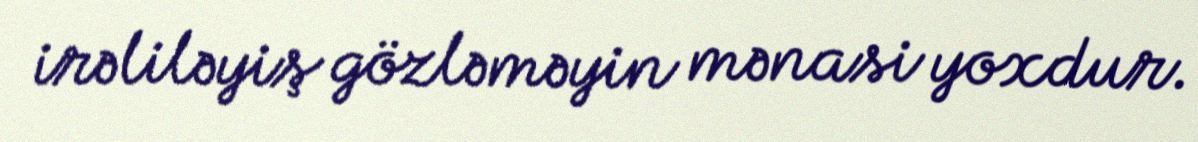
irəliləyiş gözləməyin mənasi yoxdur.